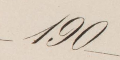
190